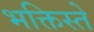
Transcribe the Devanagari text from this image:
भक्तिस्ते